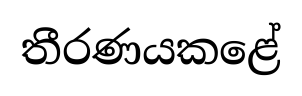
තීරණයකළේ